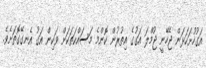
އަގުހުށަހަޅަން ޖެހޭނީ ޖުމްލަ އަގުގެ އިތުރުން ކޮންމެ މަސައްކަތަކަށް ވަކިން އަގު އެނގޭގޮތަށެވެ.